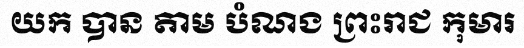
យក បាន តាម បំណង ព្រះរាជ កុមារ